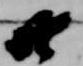
十